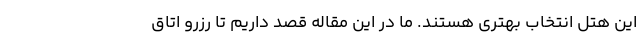
این هتل انتخاب بهتری هستند. ما در این مقاله قصد داریم تا رزرو اتاق